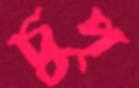
চুপ্‌